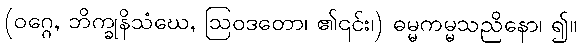
(ဝဂ္ဂေ, ဘိက္ခုနိသံဃေ, ဩဝဒတော၊ ၏၎င်း၊) ဓမ္မကမ္မသညိနော၊ ၍။